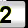
Digit: 2